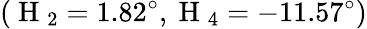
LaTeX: (\mathrm{~H~}_{2}=1.82^{\circ},\mathrm{~H~}_{4}=-11.57^{\circ})